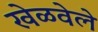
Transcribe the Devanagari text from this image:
खेळवेले